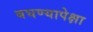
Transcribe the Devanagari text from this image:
बघण्यापेक्षा